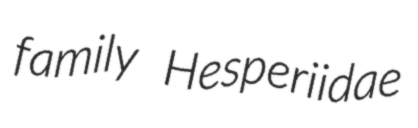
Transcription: family Hesperiidae